system: You are a helpful assistant.
user:
Analyze the provided spectrum to determine if it is a **S-type Star**.

- **Key Indicators for S-type Star:**

    - **(Overall Spectrum Shape):** The first and most obvious characteristic is the overall continuum (the "baseline" shape). It is **extremely "red-sloping,"** meaning the flux (light intensity) is very low on the left side (blue, ~4000-4500 Å) and rises steeply and continuously toward the right side (red, ~7000 Å+).

    - **(Primary):** The spectrum is defined by the presence of strong, broad molecular absorption "valleys" (bands) from **Zirconium Oxide (ZrO)**. The identification of these bands is the **primary requirement** for classifying a star as S-type.
        - **(Key Bandheads):** You must find distinct, deep "dips" where the light has been absorbed. The most critical band systems to locate are:
            - **~6474 Å** ($\gamma$-system): This is often the strongest and clearest ZrO feature, found in the red part of the spectrum.
            - **~5718 Å** & **~5551 Å** ($\beta$-system): A pair of prominent absorption features in the yellow-orange part of the spectrum.
            - **~4640 Å** ($\alpha$-system): A key absorption band system in the blue-green region of the spectrum.

    - **(Secondary Confirmation):** The classification is strengthened by finding additional absorption bands from other related heavy element oxides, which are expected to be present alongside ZrO.
        - **(Key Bandheads):**
            - **Yttrium Oxide (YO):** Look for absorption dips near **~4800 Å** and **~6100 Å**.
            - **Lanthanum Oxide (LaO):** Additional absorption features, particularly in the red-orange part of the spectrum, are also characteristic.

    - **(Line Profile):** The combination of the steep red continuum and these numerous, deep molecular bands (ZrO, YO, etc.) gives the entire spectrum a very **"chopped-up"** or **"bumpy"** appearance. Instead of a smooth curve, the spectrum looks as though large, wide chunks of light have been "carved out" of it at the specific wavelengths listed above.

Think first, call **spectral_visualization_tool** if needed to examine features in detail, then provide your final answer. Your response must adhere to the following strict rules:
1.  **Overall Structure:** Your response must follow the format `<think>...</think> <tool_call>...</tool_call> (if a tool is used) <answer>...</answer>`.
2.  **Tool Usage Constraint:** You may only make **one** tool call per turn.
3.  **Final Answer Format:** In the `<answer>` tag, your conclusion must be inside a `\boxed{}` command (e.g., `\boxed{YES}` or `\boxed{NO}`), followed by your justification.

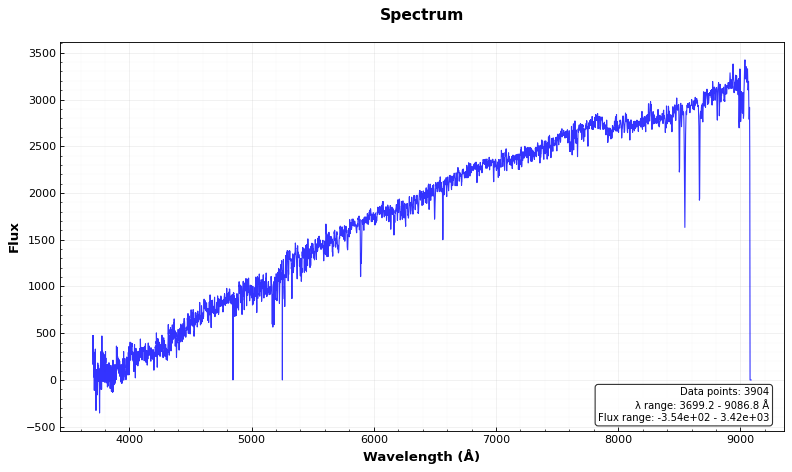
Answer: NO